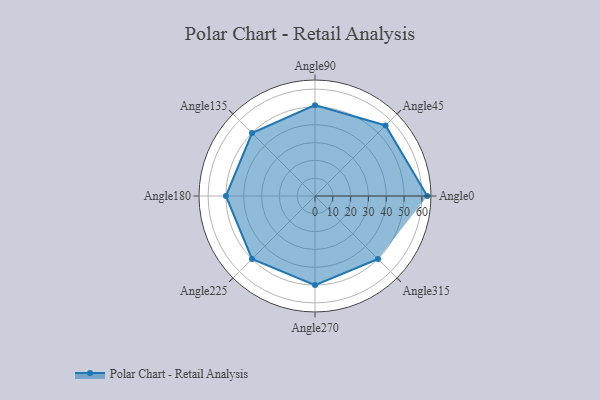
{"axis": {"x": "Angle", "y": "Radius"}, "legend": [""], "data": [{"x": "Angle0", "y": 63.0, "type": ""}, {"x": "Angle45", "y": 56.0, "type": ""}, {"x": "Angle90", "y": 51.0, "type": ""}, {"x": "Angle135", "y": 50, "type": ""}, {"x": "Angle180", "y": 50, "type": ""}, {"x": "Angle225", "y": 50, "type": ""}, {"x": "Angle270", "y": 50, "type": ""}, {"x": "Angle315", "y": 50, "type": ""}]}